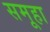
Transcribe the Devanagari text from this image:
समूहा